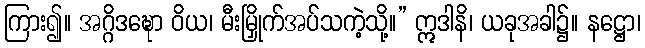
ကြား၍။ အဂ္ဂိဒဍ္ဎော ဝိယ၊ မီးမြှိုက်အပ်သကဲ့သို့။” ဣဒါနိ၊ ယခုအခါ၌။ နဋ္ဌော၊